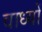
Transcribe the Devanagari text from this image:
वाध्यों